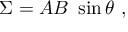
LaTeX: \Sigma = A B \ \sin \theta \ ,